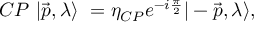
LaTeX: C P \mathrm { ~ } | \overrightarrow { p } , \lambda \rangle \mathrm { ~ } = \eta _ { C P } e ^ { - i \frac \pi 2 } | - \overrightarrow { p } , \lambda \rangle ,